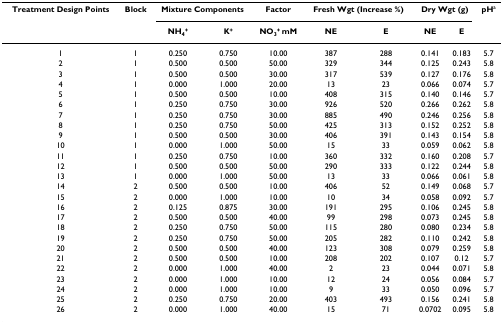
<table><thead><tr><td><b>Treatment Design Points</b></td><td><b>Block</b></td><td colspan="2"><b>Mixture Components</b></td><td><b>Factor</b></td><td colspan="2"><b>Fresh Wgt (Increase %)</b></td><td colspan="2"><b>Dry Wgt (g)</b></td><td><b>pH<sup>a</sup></b></td></tr><tr><td></td><td></td><td><b>NH<sub>4</sub><sup>+</sup></b></td><td><b>K<sup>+</sup></b></td><td><b>NO<sub>3</sub><sup>+ </sup>mM</b></td><td><b>NE</b></td><td><b>E</b></td><td><b>NE</b></td><td><b>E</b></td><td></td></tr></thead><tbody><tr><td>1</td><td>1</td><td>0.250</td><td>0.750</td><td>10.00</td><td>387</td><td>288</td><td>0.141</td><td>0.183</td><td>5.7</td></tr><tr><td>2</td><td>1</td><td>0.500</td><td>0.500</td><td>50.00</td><td>329</td><td>344</td><td>0.125</td><td>0.243</td><td>5.8</td></tr><tr><td>3</td><td>1</td><td>0.500</td><td>0.500</td><td>30.00</td><td>317</td><td>539</td><td>0.127</td><td>0.176</td><td>5.8</td></tr><tr><td>4</td><td>1</td><td>0.000</td><td>1.000</td><td>20.00</td><td>13</td><td>23</td><td>0.066</td><td>0.074</td><td>5.7</td></tr><tr><td>5</td><td>1</td><td>0.500</td><td>0.500</td><td>10.00</td><td>408</td><td>315</td><td>0.140</td><td>0.146</td><td>5.7</td></tr><tr><td>6</td><td>1</td><td>0.250</td><td>0.750</td><td>30.00</td><td>926</td><td>520</td><td>0.266</td><td>0.262</td><td>5.8</td></tr><tr><td>7</td><td>1</td><td>0.250</td><td>0.750</td><td>30.00</td><td>885</td><td>490</td><td>0.246</td><td>0.256</td><td>5.8</td></tr><tr><td>8</td><td>1</td><td>0.250</td><td>0.750</td><td>50.00</td><td>425</td><td>313</td><td>0.152</td><td>0.252</td><td>5.8</td></tr><tr><td>9</td><td>1</td><td>0.500</td><td>0.500</td><td>30.00</td><td>406</td><td>391</td><td>0.143</td><td>0.154</td><td>5.8</td></tr><tr><td>10</td><td>1</td><td>0.000</td><td>1.000</td><td>50.00</td><td>15</td><td>33</td><td>0.059</td><td>0.062</td><td>5.8</td></tr><tr><td>11</td><td>1</td><td>0.250</td><td>0.750</td><td>10.00</td><td>360</td><td>332</td><td>0.160</td><td>0.208</td><td>5.7</td></tr><tr><td>12</td><td>1</td><td>0.500</td><td>0.500</td><td>50.00</td><td>290</td><td>333</td><td>0.122</td><td>0.244</td><td>5.8</td></tr><tr><td>13</td><td>1</td><td>0.000</td><td>1.000</td><td>50.00</td><td>13</td><td>33</td><td>0.066</td><td>0.061</td><td>5.8</td></tr><tr><td>14</td><td>2</td><td>0.500</td><td>0.500</td><td>10.00</td><td>406</td><td>52</td><td>0.149</td><td>0.068</td><td>5.7</td></tr><tr><td>15</td><td>2</td><td>0.000</td><td>1.000</td><td>10.00</td><td>10</td><td>34</td><td>0.058</td><td>0.092</td><td>5.7</td></tr><tr><td>16</td><td>2</td><td>0.125</td><td>0.875</td><td>30.00</td><td>191</td><td>295</td><td>0.106</td><td>0.245</td><td>5.8</td></tr><tr><td>17</td><td>2</td><td>0.500</td><td>0.500</td><td>40.00</td><td>99</td><td>298</td><td>0.073</td><td>0.245</td><td>5.8</td></tr><tr><td>18</td><td>2</td><td>0.250</td><td>0.750</td><td>50.00</td><td>115</td><td>280</td><td>0.080</td><td>0.234</td><td>5.8</td></tr><tr><td>19</td><td>2</td><td>0.250</td><td>0.750</td><td>50.00</td><td>205</td><td>282</td><td>0.110</td><td>0.242</td><td>5.8</td></tr><tr><td>20</td><td>2</td><td>0.500</td><td>0.500</td><td>40.00</td><td>123</td><td>308</td><td>0.079</td><td>0.259</td><td>5.8</td></tr><tr><td>21</td><td>2</td><td>0.500</td><td>0.500</td><td>10.00</td><td>208</td><td>202</td><td>0.107</td><td>0.12</td><td>5.7</td></tr><tr><td>22</td><td>2</td><td>0.000</td><td>1.000</td><td>40.00</td><td>2</td><td>23</td><td>0.044</td><td>0.071</td><td>5.8</td></tr><tr><td>23</td><td>2</td><td>0.000</td><td>1.000</td><td>10.00</td><td>12</td><td>24</td><td>0.056</td><td>0.084</td><td>5.7</td></tr><tr><td>24</td><td>2</td><td>0.000</td><td>1.000</td><td>10.00</td><td>9</td><td>33</td><td>0.050</td><td>0.096</td><td>5.7</td></tr><tr><td>25</td><td>2</td><td>0.250</td><td>0.750</td><td>20.00</td><td>403</td><td>493</td><td>0.156</td><td>0.241</td><td>5.8</td></tr><tr><td>26</td><td>2</td><td>0.000</td><td>1.000</td><td>40.00</td><td>15</td><td>71</td><td>0.0702</td><td>0.095</td><td>5.8</td></tr></tbody></table>